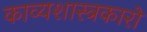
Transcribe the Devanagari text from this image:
काव्यशास्त्रकारों